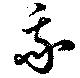
我